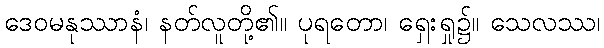
ဒေဝမနုဿာနံ၊ နတ်လူတို့၏။ ပုရတော၊ ရှေးရှု၌။ သေလဿ၊